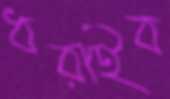
ধরাইব